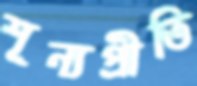
শূন্যপ্রীতি